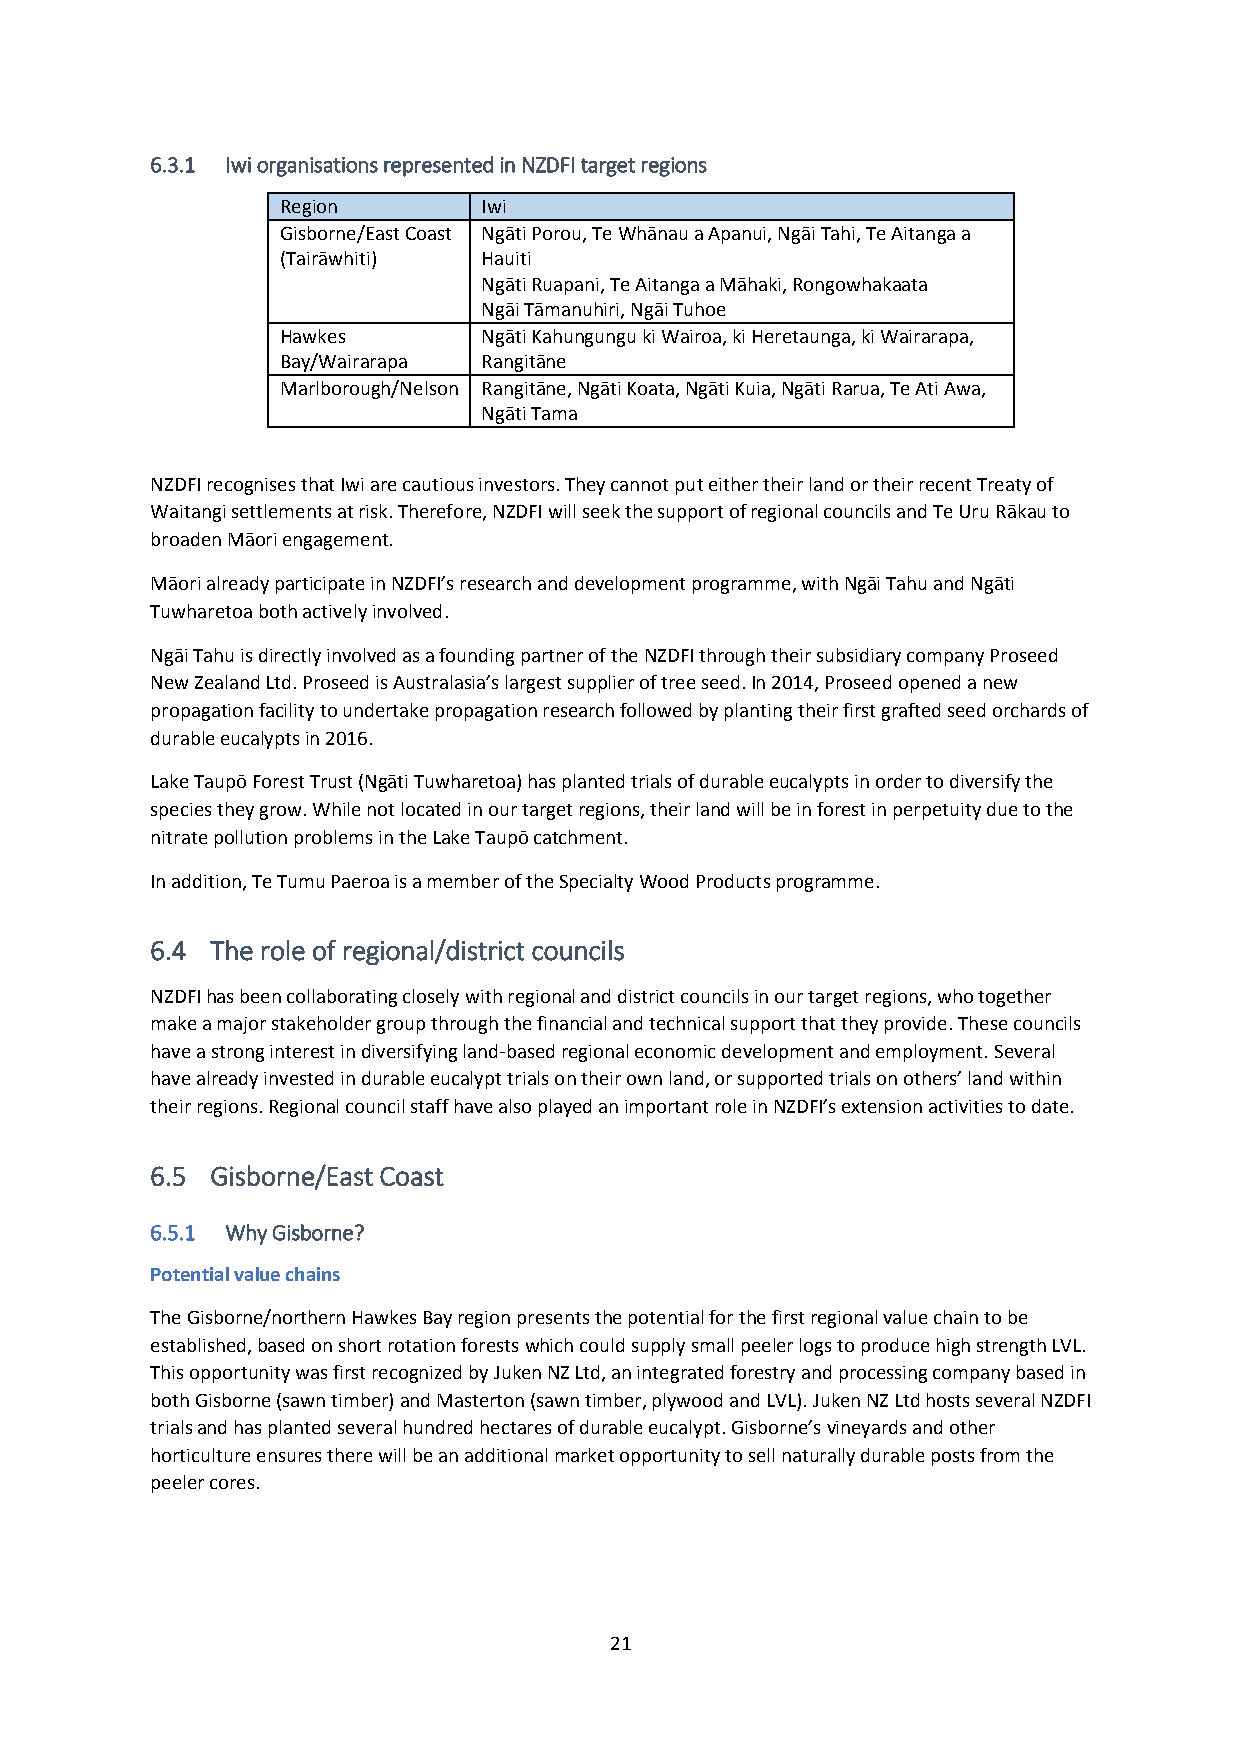
6.3.1 Iwi organisations represented in NZDFI target regions
 Region       Iwi
 Gisborne/East Coast Ngāti Porou, Te Whānau a Apanui, Ngāi Tahi, Te Aitanga a
 (Tairāwhiti) Hauiti
 Ngāti Ruapani, Te Aitanga a Māhaki, Rongowhakaata
 Ngāi Tāmanuhiri, Ngāi Tuhoe
 Hawkes       Ngāti Kahungungu ki Wairoa, ki Heretaunga, ki Wairarapa,
 Bay/Wairarapa Rangitāne
 Marlborough/Nelson Rangitāne, Ngāti Koata, Ngāti Kuia, Ngāti Rarua, Te Ati Awa,
 Ngāti Tama
 NZDFI recognises that Iwi are cautious investors. They cannot put either their land or their recent Treaty of
 Waitangi settlements at risk. Therefore, NZDFI will seek the support of regional councils and Te Uru Rākau to
 broaden Māori engagement.
 Māori already participate in NZDFI’s research and development programme, with Ngāi Tahu and Ngāti
 Tuwharetoa both actively involved.
 Ngāi Tahu is directly involved as a founding partner of the NZDFI through their subsidiary company Proseed
 New Zealand Ltd. Proseed is Australasia’s largest supplier of tree seed. In 2014, Proseed opened a new
 propagation facility to undertake propagation research followed by planting their first grafted seed orchards of
 durable eucalypts in 2016.
 Lake Taupō Forest Trust (Ngāti Tuwharetoa) has planted trials of durable eucalypts in order to diversify the
 species they grow. While not located in our target regions, their land will be in forest in perpetuity due to the
 nitrate pollution problems in the Lake Taupō catchment.
 In addition, Te Tumu Paeroa is a member of the Specialty Wood Products programme.
 6.4 The role of regional/district councils
 NZDFI has been collaborating closely with regional and district councils in our target regions, who together
 make a major stakeholder group through the financial and technical support that they provide. These councils
 have a strong interest in diversifying land-based regional economic development and employment. Several
 have already invested in durable eucalypt trials on their own land, or supported trials on others’ land within
 their regions. Regional council staff have also played an important role in NZDFI’s extension activities to date.
 6.5 Gisborne/East Coast
 6.5.1 Why Gisborne?
 Potential value chains
 The Gisborne/northern Hawkes Bay region presents the potential for the first regional value chain to be
 established, based on short rotation forests which could supply small peeler logs to produce high strength LVL.
 This opportunity was first recognized by Juken NZ Ltd, an integrated forestry and processing company based in
 both Gisborne (sawn timber) and Masterton (sawn timber, plywood and LVL). Juken NZ Ltd hosts several NZDFI
 trials and has planted several hundred hectares of durable eucalypt. Gisborne’s vineyards and other
 horticulture ensures there will be an additional market opportunity to sell naturally durable posts from the
 peeler cores.
 21